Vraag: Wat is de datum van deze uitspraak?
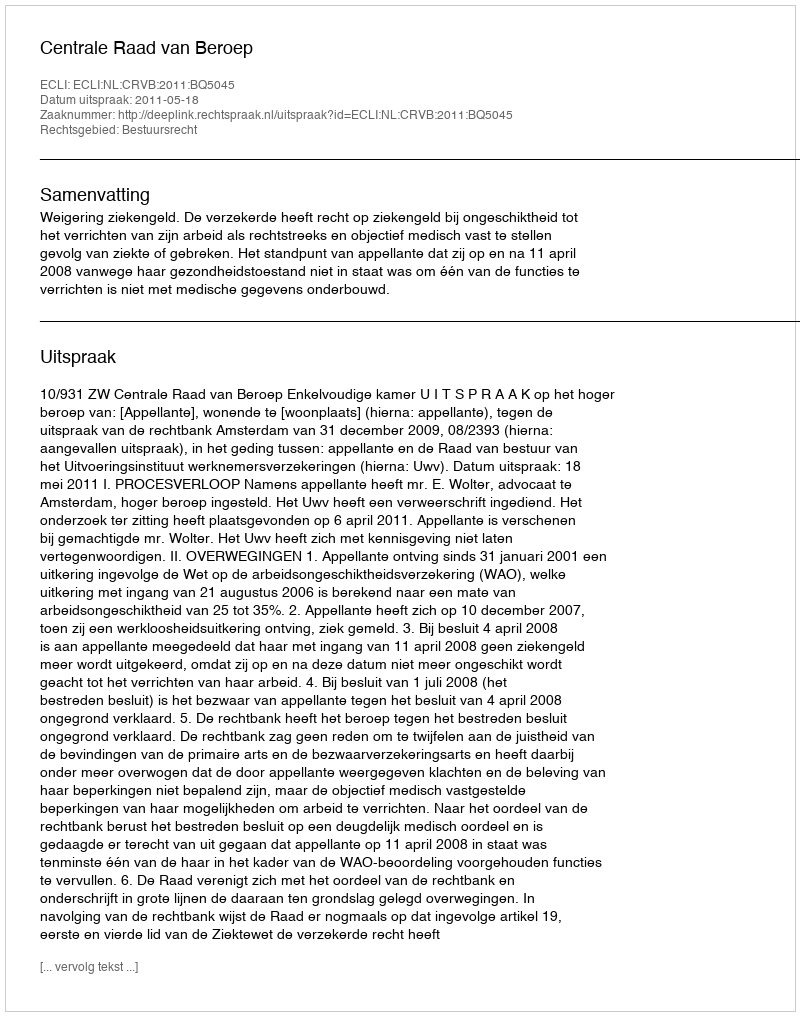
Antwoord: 2011-05-18